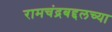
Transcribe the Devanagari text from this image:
रामचंद्रबद्दलच्या